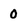
Character: 0